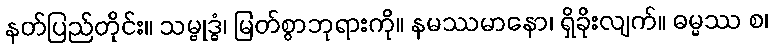
နတ်ပြည်တိုင်း။ သမ္ဗုဒ္ဓံ၊ မြတ်စွာဘုရားကို။ နမဿမာနော၊ ရှိခိုးလျက်။ ဓမ္မဿ စ၊